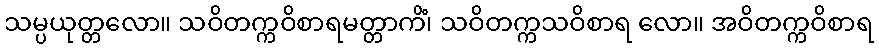
သမ္ပယုတ္တလော။ သဝိတက္ကဝိစာရမတ္တာကိံ၊ သဝိတက္ကသဝိစာရ လော။ အဝိတက္ကဝိစာရ